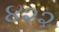
૪૨૨